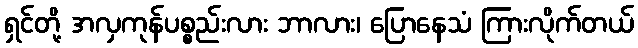
ရှင်တို့ အလှကုန်ပစ္စည်းလား ဘာလား၊ ပြောနေသံ ကြားလိုက်တယ်